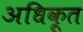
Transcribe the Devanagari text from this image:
अधिकृ्त